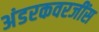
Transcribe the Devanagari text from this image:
अंडरकवरजींस